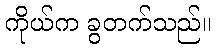
ကိုယ်က ခွတက်သည်။